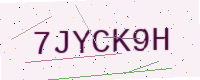
Text: 7JYCK9H